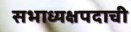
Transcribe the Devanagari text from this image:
सभाध्यक्षपदाची